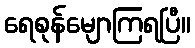
ရေစုန်မျောကြရပြီ။